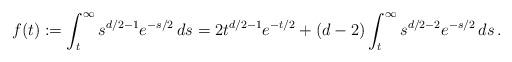
LaTeX: \begin{align*} f(t):=\int_t^\infty s^{d/2-1}e^{-s/2} \,ds=2t^{d/2-1}e^{-t/2}+\left(d-2\right)\int_t^\infty s^{d/2-2}e^{-s/2} \,ds\,. \end{align*}